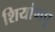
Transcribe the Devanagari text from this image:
शियांगपू